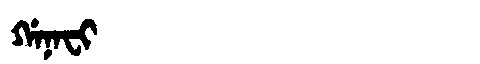
Manchu: ᡤᠠᠨᠠᠸᡳ
Romanization: GANAFI